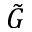
\tilde { G }